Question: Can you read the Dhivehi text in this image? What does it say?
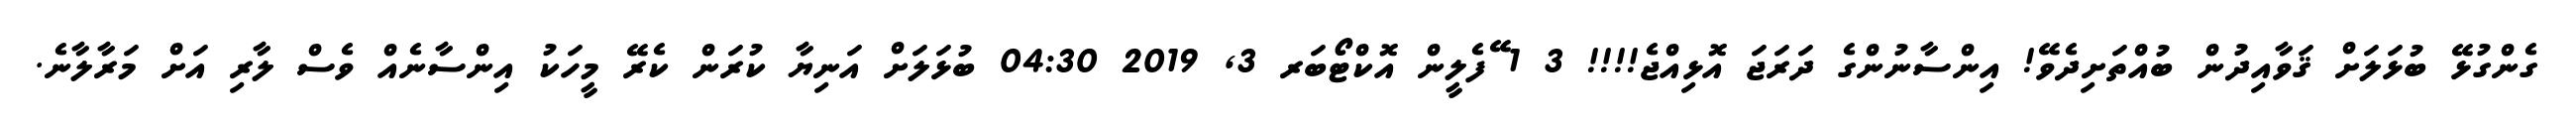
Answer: ގެންގުޅޭ ބުޅަލަށް ޤަވާއިދުން ބުއްތަށިދެވޭ! އިންސާނުންގެ ދަރަޖަ އޮޅިއްޖެ!!!! 3 1 ޭފެލީން އޮކްޓޯބަރ 3, 2019 04:30 ބުޅަލަށް އަނިޔާ ކުރަން ކެރޭ މީހަކު އިންސާނެއް ވެސް ލާރި އަށް މަރާލާނެ.